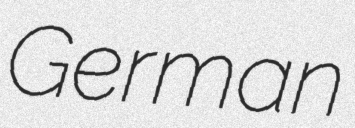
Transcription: German